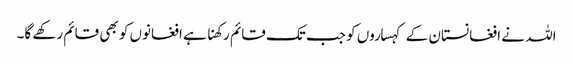
اللہ نے افغانستان کے کہساروں کو جب تک قائم رکھنا ہے افغانوں کو بھی قائم رکھے گا۔